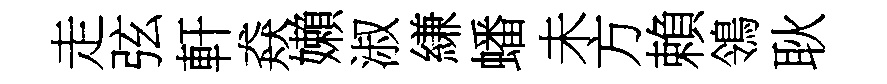
走弦軒猋嬾淑縑蟠未方賴鴒耿